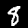
Label: 8